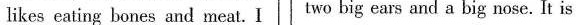
likes eating bones and meat. I two big ears and a big nose .It is